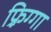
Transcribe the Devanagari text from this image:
फ़्रिग्गा